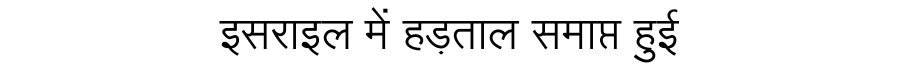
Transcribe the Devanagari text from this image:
इसराइल में हड़ताल समाप्त हुई